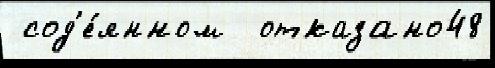
 сод'е́янном  отказано48